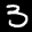
Label: 3